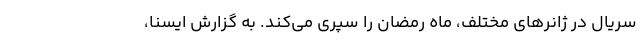
سریال در ژانرهای مختلف، ماه رمضان را سپری می‌کند. به گزارش ایسنا،